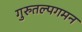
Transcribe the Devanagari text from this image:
गुरुतल्पगमन